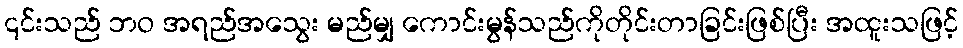
၎င်းသည် ဘဝ အရည်အသွေး မည်မျှ ကောင်းမွန်သည်ကိုတိုင်းတာခြင်းဖြစ်ပြီး အထူးသဖြင့်